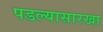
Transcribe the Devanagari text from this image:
पडल्यासारखा